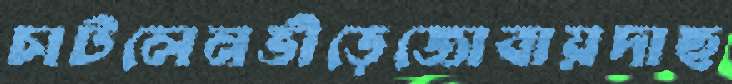
চাটলেনভীড়েজোবায়দাছ